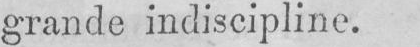
grande indiscipline.